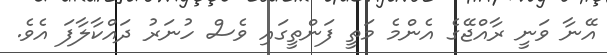
އޭނާ ވަނީ ރާއްޖޭގެ އެންމެ މަތީ ފަންތީގައި ވެސް ހުނަރު ދައްކާލާފަ އެވެ.